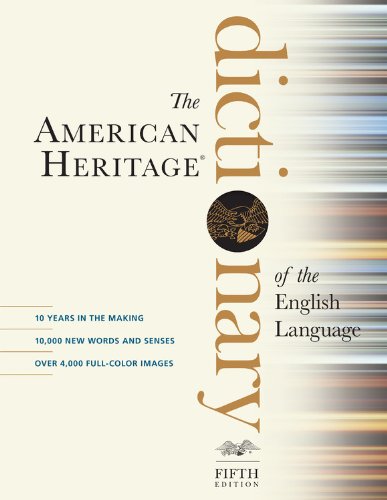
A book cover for The American Heritage Dictionary of the English Language, Fifth Edition; Editors of the American Heritage Dictionaries; Reference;